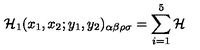
{ \cal H } _ { 1 } ( x _ { 1 } , x _ { 2 } ; y _ { 1 } , y _ { 2 } ) _ { \alpha \beta \rho \sigma } = \sum _ { i = 1 } ^ { 5 } { \cal H }